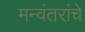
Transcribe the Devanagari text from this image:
मन्वंतरांचे